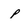
Character: p